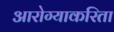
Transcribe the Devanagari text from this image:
आरोग्याकरिता